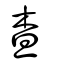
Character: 查